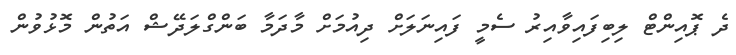
ދެ ޕޮއިންޓް ލިބިފައިވާއިރު ސެމީ ފައިނަލަށް ދިއުމަށް މާދަމާ ބަންގްލަދޭޝް އަތުން މޮޅުވުން